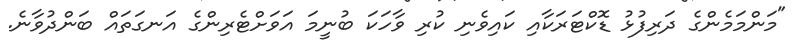
"މަންމަމެންގެ ދަރިފުޅު ޑޮކްޓަރަކާއި ކައިވެނި ކުރި ވާހަކަ ބުނީމަ އަވަށްޓެރިންގެ އަނގަތައް ބަންދުވާނެ.